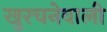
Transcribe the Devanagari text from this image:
खुरचनेवाली